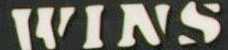
WINS